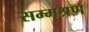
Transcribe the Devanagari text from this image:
सम्मश्रण